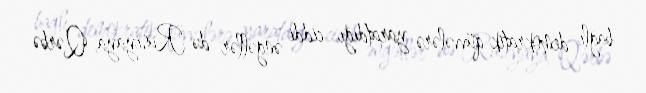
bağlı demokratik qüvvələrə yaratdığı ciddi əngəllər də Rusiyaya, Qərbə